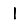
Digit: 1